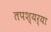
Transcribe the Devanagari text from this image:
तपश्यर्या